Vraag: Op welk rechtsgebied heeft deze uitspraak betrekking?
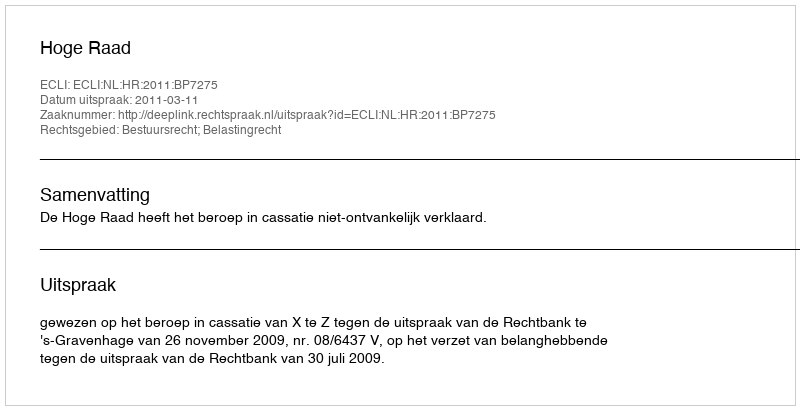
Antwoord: Bestuursrecht; Belastingrecht